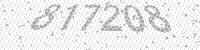
Solution: 817208